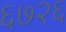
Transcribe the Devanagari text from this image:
६७२६